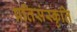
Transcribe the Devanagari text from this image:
प्रतिसंस्कृति